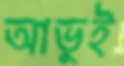
আভুই